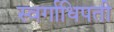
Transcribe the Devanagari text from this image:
स्वर्गाधिपती